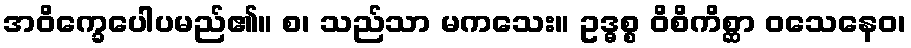
အဝိက္ခေပေါပမည်၏။ စ၊ သည်သာ မကသေး။ ဥဒ္ဓစ္စ ဝိစိကိစ္ဆာ ဝသေနေဝ၊